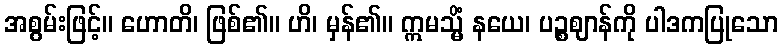
အစွမ်းဖြင့်။ ဟောတိ၊ ဖြစ်၏။ ဟိ၊ မှန်၏။ ဣမသ္မိံ နယေ၊ ပဉ္စဈာန်ကို ပါဒကပြုသော